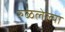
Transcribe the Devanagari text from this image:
रुळलेल्या